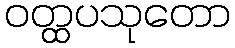
ဝတ္ထပသုတော